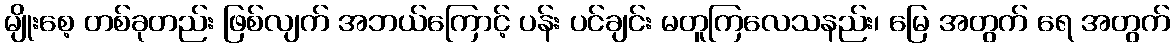
မျိုးစေ့ တစ်ခုတည်း ဖြစ်လျက် အဘယ်ကြောင့် ပန်း ပင်ချင်း မတူကြလေသနည်း၊ မြေ အတွက် ရေ အတွက်